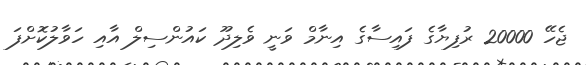
ޖެހޭ 20000 ރުފިޔާގެ ފައިސާގެ އިނާމް ވަަނީ ވެލިދޫ ކައުންސިލް އާއި ހަވާލުކޮށްފަ